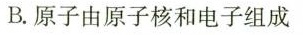
B.原子由原子核和电子组成